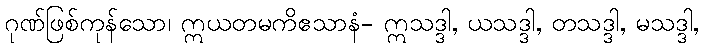
ဂုဏ်ဖြစ်ကုန်သော၊ ဣယတမကိဧသာနံ- ဣသဒ္ဒါ, ယသဒ္ဒါ, တသဒ္ဒါ, မသဒ္ဒါ,